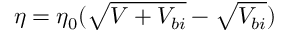
\eta = \eta _ { 0 } ( \sqrt { V + V _ { b i } } - \sqrt { V _ { b i } } )